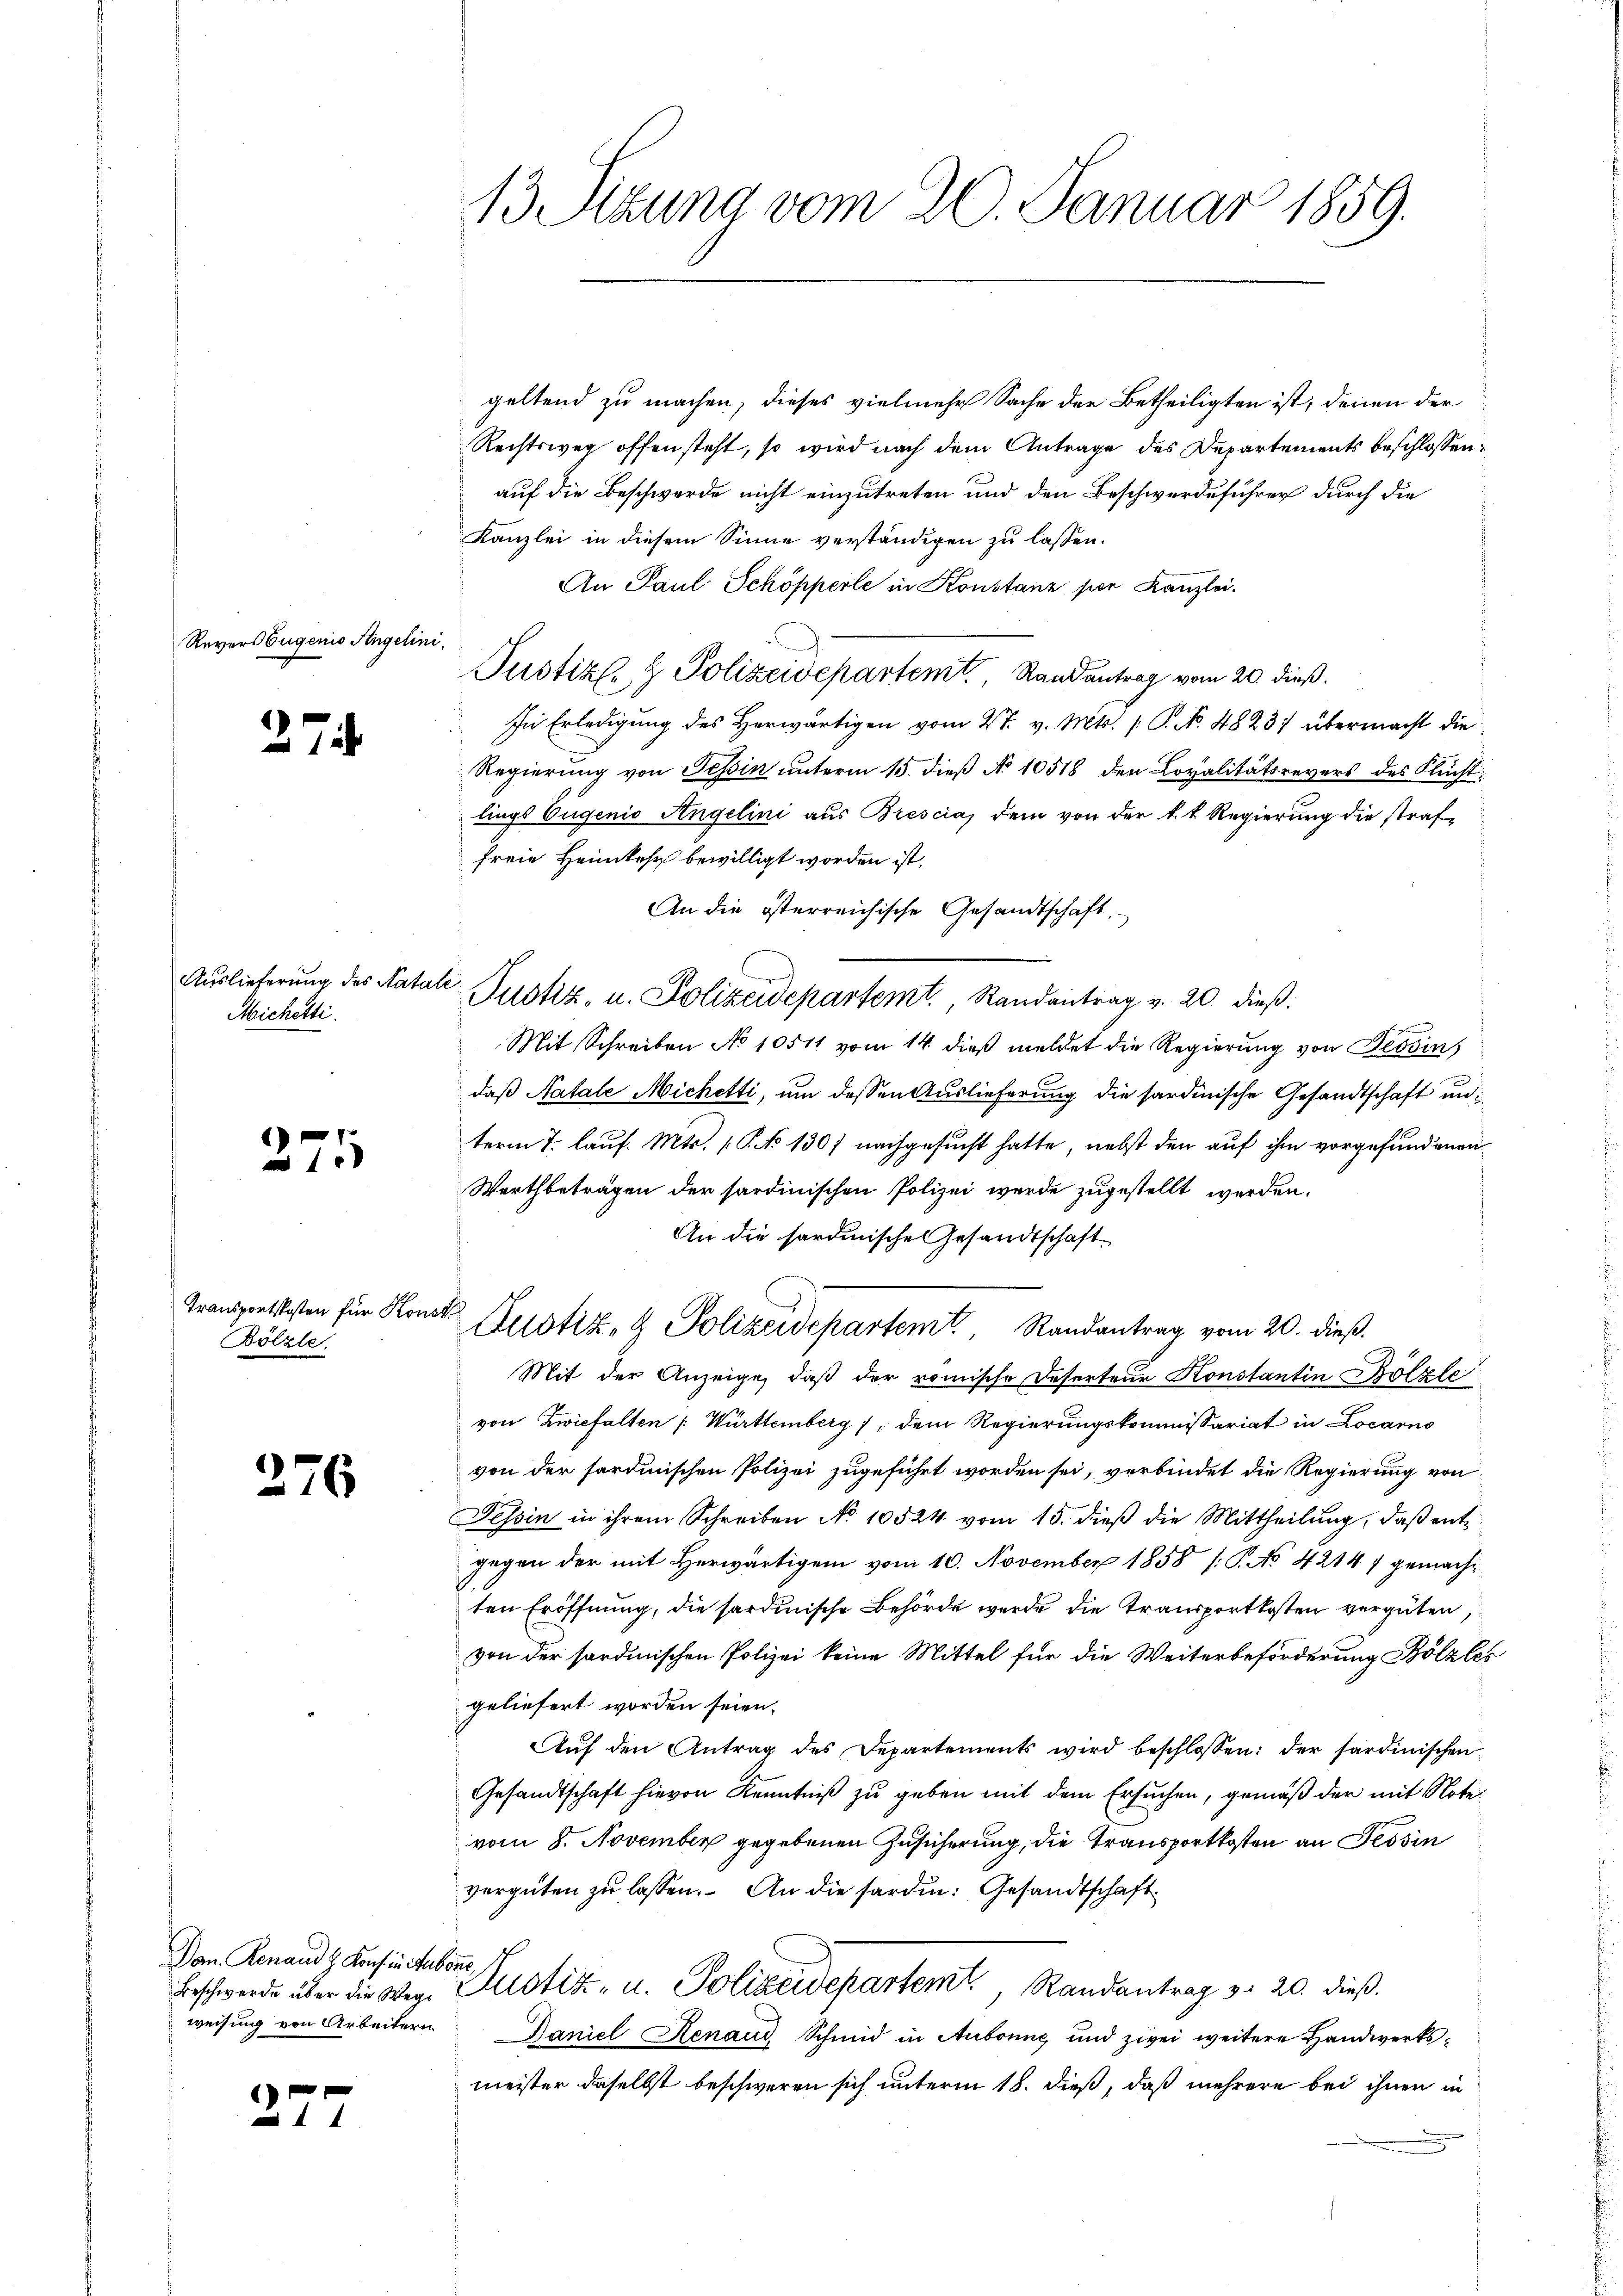
Revers Eugenio Angelini¬

27

Auslieferung des Nata¬
Michetti.

a

d

1

171

Transportkosten für Kon-
Bölzle.

176

Dan. Renaud z. Kons in Hubonne,
weisung von Arbeitern.

13 Sitzung vom 20. Januar 1859.

le

geltend zu machen, dieses vielmehr Sache der Betheiligten ist, denen der
Rechtsweg offensteht, so wird nach dem Antrage des Departements beschlossen:
auf die Beschwerde nicht einzutreten und den Beschwerdeführer durch die
Kanzlei in diesem Sinne verständigen zu lassen.
An Paul Schöpperle in Konstanz per Kanzlei.
Justiz- & Polizeidepartemt. Randantrag vom 20. dieß.
In Erledigung des Herwärtigen vom 27. v. Mts. /: P. Nr. 4823; übermacht die
Regierung von Tessin unterm 15. dieß No 10518 den Lopalitätsrevers des Flucht:
lings Eugenio Angelini aus Brescia, dem von der k. k. Regierung die straffreie Heimkehr bewilligt worden ist.
An die österreichische Gesandtschaft,
Mit Schreiben No 10511 vom 14. dieß meldet die Regierung von Tessins
daß Natale Michetti, um dessen Auslieferung die sardinische Gesandtschaft unterm 7. lauf. Mts. S. No 1307 nachgesucht hatte, nebst den auf ihm vorgefundenen
Wertbeträgen der sardinischen Polizei werde zugestellt werden.
An die sardinische Gesandtschaft
nath
Justiz- & Polizeidepartem Randantrag vom 20. dieß.
Mit der Anzeige, daß der römische Deserteur Konstantin Bölzle
von Zwiefalten /: Württemberg), dem Regierungskommissariat in Locarno
von der fordinischen Polizei zugeführt worden sei, verbindet die Regierung von
Tessin in ihrem Schreiben No 10524 vom 15. dieß die Mittheilung, daß ent
gegen der mit Herwärtigem vom 10. November 1858 /: P. No 42147 gemacht
ten Eröffnung, die sardinische Behörde wurde die Transportkosten vergüten,
von der sardinischen Polizei keine Mittel für die Weiterbeförderung Bölzlei
geliefert worden seien.
Aŭf den Antrag des Departements wird beschlossen: der sardinischen
Gesandtschaft hievon Kenntniß zu geben mit dem Ersuchen, gemäß der mit Note
vom 8. November gegebenen Zusicherung, die Transportkosten an Tessin
vergüten zu lassen. An die sarden: Gesandtschaft
Beschwerde über die Wege Justiz- u. Polizeidepartemt, Randantrag v. 20. dieß.
Baniel Renaud, Schmid in Aubonne und zwei weitere Handwerksmeister daselbst beschweren sich unterm 18. dieß, daß mehrere bei ihnen in

Justiz- u. Polizeidepartemt. Randantrag v. 20. dieß: